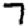
Digit: 7